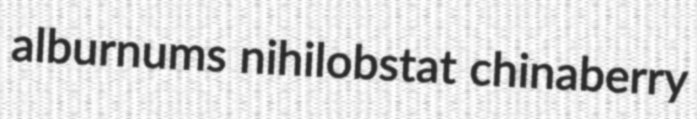
alburnums nihilobstat chinaberry